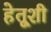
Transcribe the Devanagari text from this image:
हेतूशी